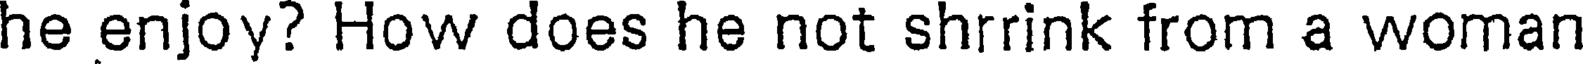
he enjoy? How does he not shrrink from a woman